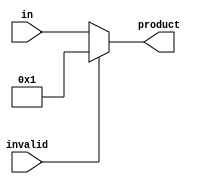
`timescale 1ns / 1ps

module fmtocpu(
input [31:0]in,
input invalid,
output reg [31:0] product
    );

always @ (*)
begin
    product = (invalid) ? 32'b1 : in;
end    
endmodule